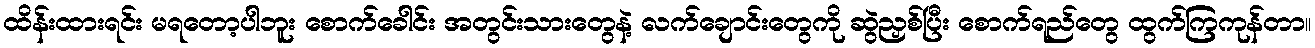
ထိန်းထားရင်း မရတော့ပါဘူး စောက်ခေါင်း အတွင်းသားတွေနဲ့ လက်ချောင်းတွေကို ဆွဲညှစ်ပြီး စောက်ရည်တွေ ထွက်ကြကုန်တာ။